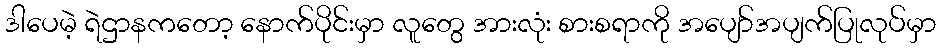
ဒါပေမဲ့ ရဲဌာနကတော့ နောက်ပိုင်းမှာ လူတွေ အားလုံး စားစရာကို အပျော်အပျက်ပြုလုပ်မှာ